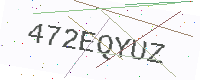
Text: 472EQYUZ